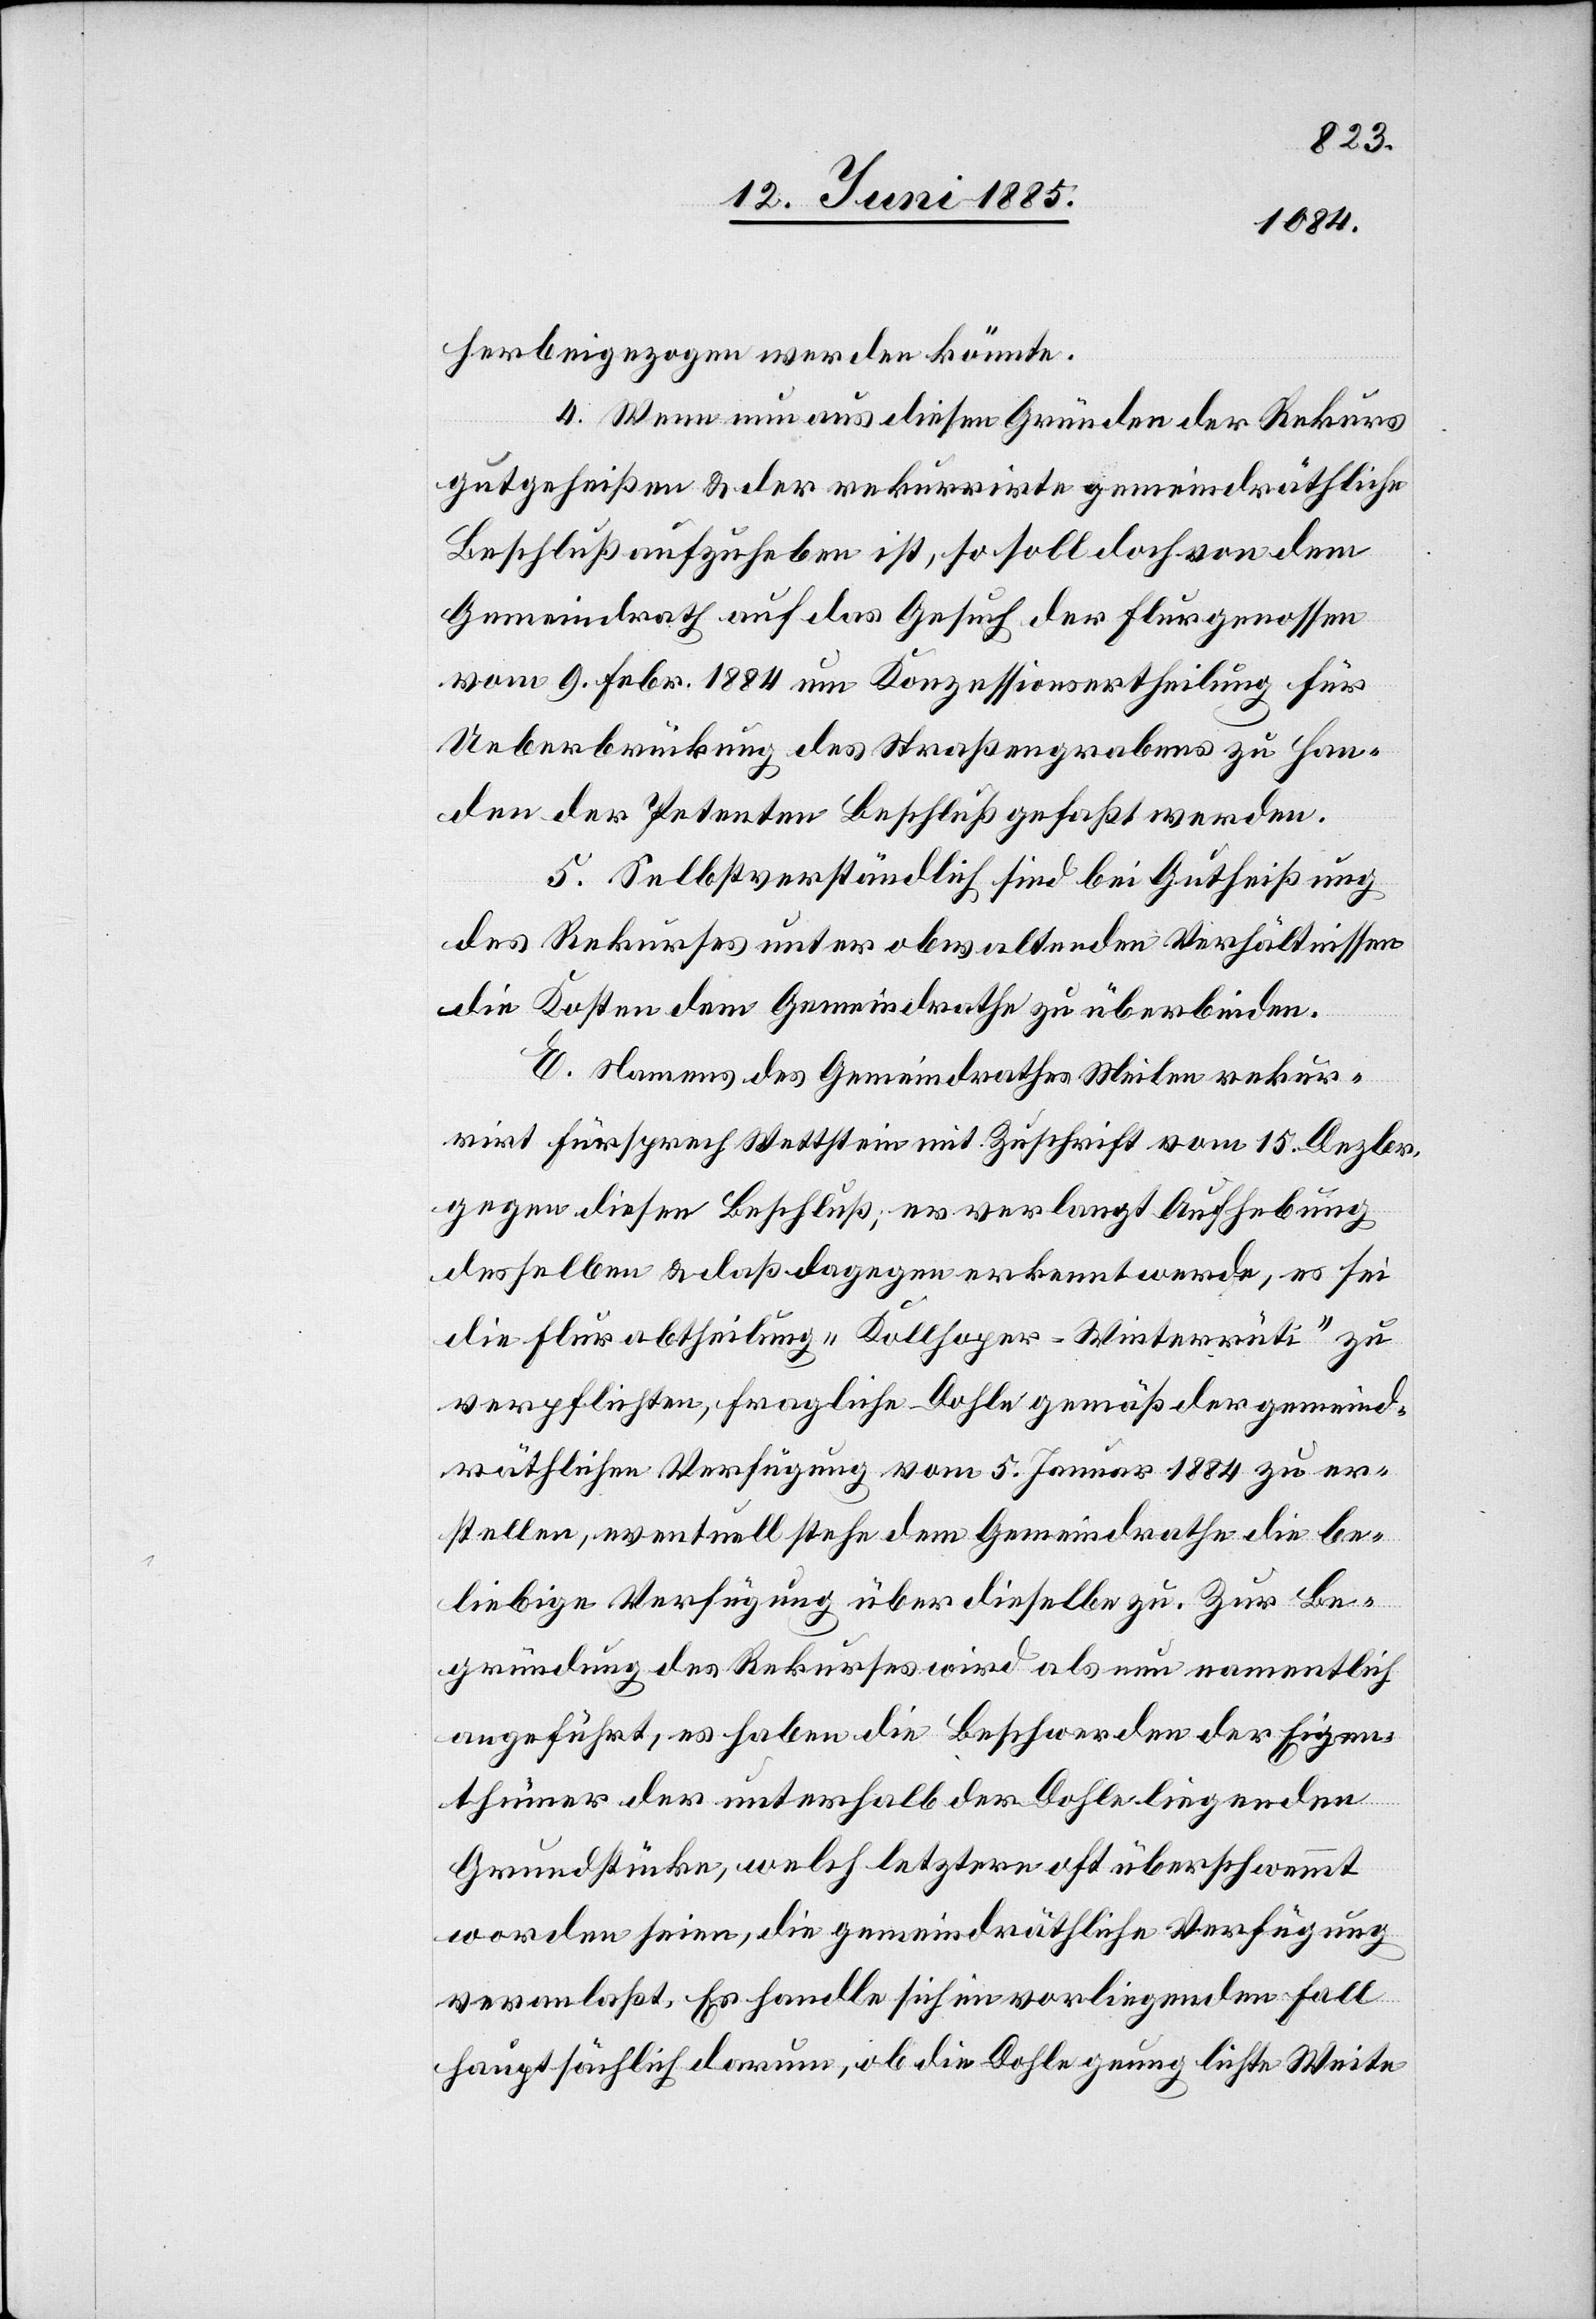
herbeigezogen werden könnte.
4. Wenn nun aus diesen Gründen der Rekurs
gutgeheißen & der rekurrirte gemeindräthliche
Beschluß aufzuheben ist, so soll doch von dem
Gemeindrath auf das Gesuch der Flurgenossen
vom 9. Febr. 1884 um Konzessionsertheilung für
Ueberbrückung des Straßengrabens zu Han¬
den der Petenten Beschluß gefaßt werden.
5. Selbstverständlich sind bei Gutheißung
die Kosten dem Gemeindrathe zu überbinden.
E. Namens des Gemeindrathes Meilen rekur¬
rirt Fürsprech Wettstein mit Zuschrift vom 15. Dezbr.
gegen diesen Beschluß; er verlangt Aufhebung
desselben & daß dagegen erkannt werde, es sei
die Flurabtheilung „Kollhoper–Winterrüti“ zu
verpflichten fragliche Dohle gemäß der gemeind¬
räthlichen Verfügung vom 5. Januar 1884 zu er¬
stellen, eventuell stehe dem Gemeindrathe die be¬
liebige Verfügung über dieselbe zu. Zur Be¬
gründung des Rekurses wird als neu namentlich
angeführt, es haben die Beschwerden der Eigen¬
thümer der unterhalb der Dohle liegenden
Grundstücke, welch letztere oft überschwemmt
worden seien, die gemeindräthliche Verfügung
veranlaßt. Es handle sich im vorliegenden Fall
hauptsächlich darum, ob die Dohle genug lichte Weite